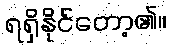
ရရှိနိုင်တော့၏။